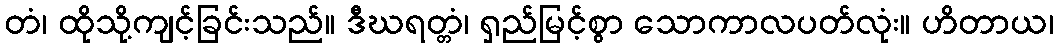
တံ၊ ထိုသို့ကျင့်ခြင်းသည်။ ဒီဃရတ္တံ၊ ရှည်မြင့်စွာ သောကာလပတ်လုံး။ ဟိတာယ၊